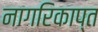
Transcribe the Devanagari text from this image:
नागरिकाप्त